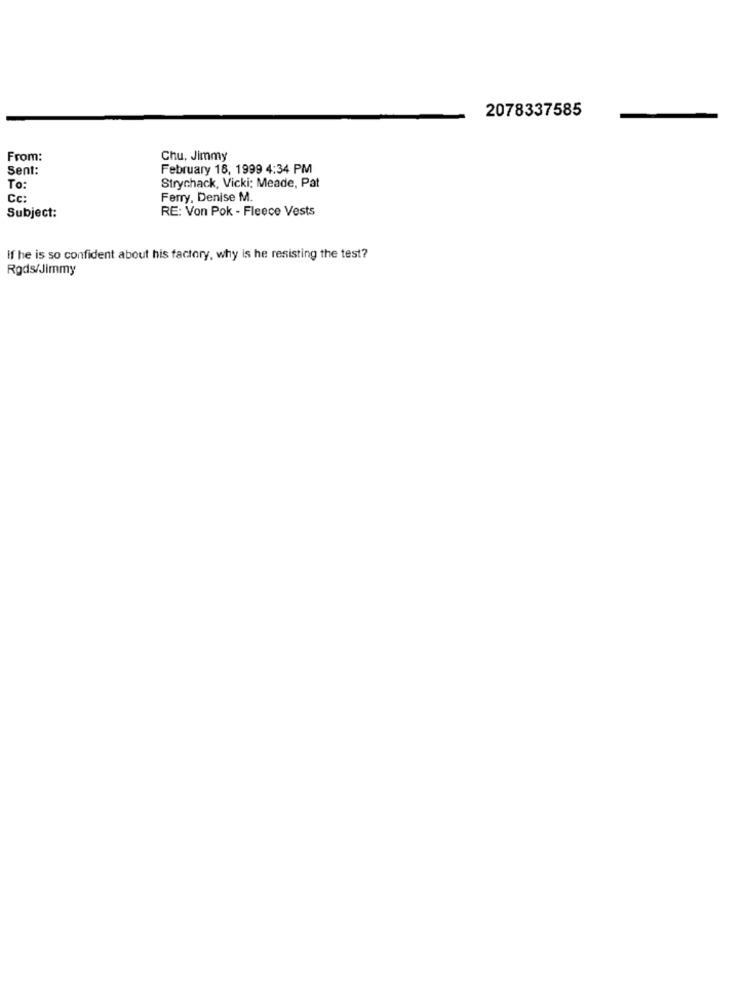
2078337585
From:
Chu, Jimmy
Sent:
February 18, 1999 4:34 PM
To:
Strychack, Vicki: Meade, Pat
Cc:
Ferry, Denise M.
RE: Von Pok - Fleece Vests
Subject:
If he is so confident about his factory, why is he resisting the test?
Rods/Jimmy